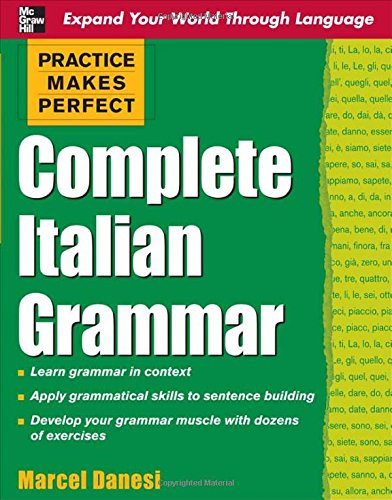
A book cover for Practice Makes Perfect: Complete Italian Grammar (Practice Makes Perfect Series); Marcel Danesi; Reference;